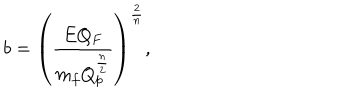
b = \left( { \frac { E Q _ { F } } { m _ { f } Q _ { p } ^ { \frac { n } { 2 } } } } \right) ^ { \frac { 2 } { n } } ,